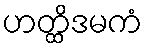
ဟတ္ထိဒမကံ